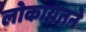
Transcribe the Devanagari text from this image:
लोकायतने